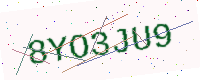
Text: 8YO3JU9